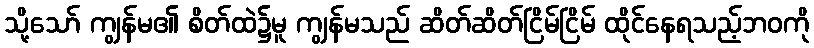
သို့သော် ကျွန်မ၏ စိတ်ထဲ၌မူ ကျွန်မသည် ဆိတ်ဆိတ်ငြိမ်ငြိမ် ထိုင်နေရသည့်ဘဝကို